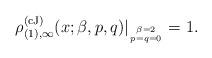
LaTeX: \begin{align*} {\rho}_{(1), \infty}^{(\rm cJ)}(x;\beta,p,q) |_{\beta = 2 \atop p=q=0} = 1. \end{align*}